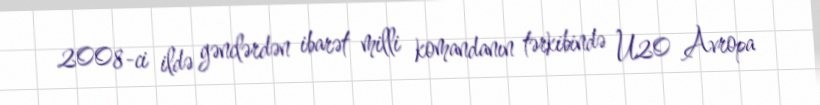
2008-ci ildə gənclərdən ibarət milli komandanın tərkibində U20 Avropa